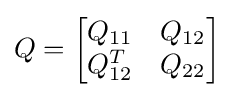
Q={\begin{bmatrix}Q_{11}&Q_{12}\\Q_{12}^{T}&Q_{22}\end{bmatrix}}